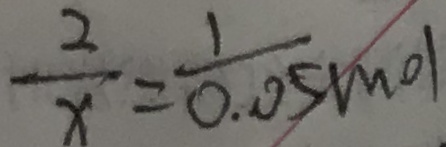
\frac { 2 } { x } = \frac { 1 } { 0 . 0 5 } m o l